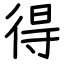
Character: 得